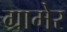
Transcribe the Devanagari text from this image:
ग्रामेर